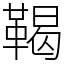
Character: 鞨